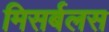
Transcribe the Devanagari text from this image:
मिसर्बलस